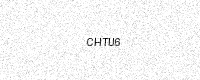
Text: CHTU6